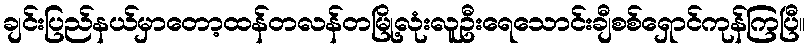
ချင်းပြည်နယ်မှာတော့ထန်တလန်တမြို့လုံးလူဦးရေသောင်းချီစစ်ရှောင်ကုန်ကြပြီ။